Civil Veterinary Dept. Bombay admin report 1923-31 - 1923-1931
Year: 1923
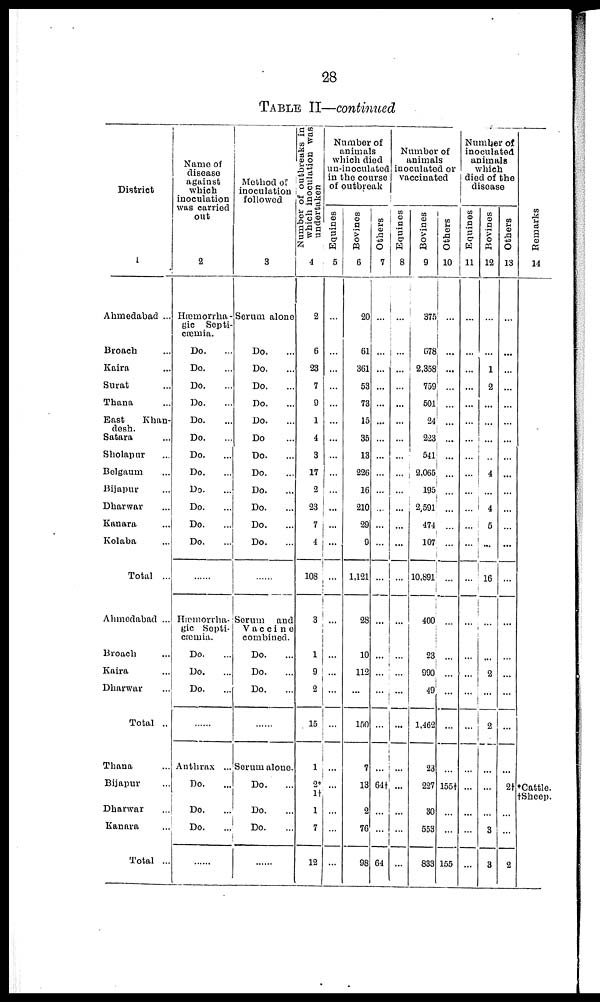
28
TABLE II—continued
District
1
Ahmedabad ...
Broach ...
Kaira ...
Surat ...
Thana ...
East
Khan-
desh.
Satara ...
Sholapur ...
Belgaum ...
Bijapur ...
Dharwar ...
Kanara ...
Kolaba ...
Total ...
Ahmedabad ...
Broach ...
Kaira ...
Dharwar ...
Total ...
Thana ...
Bijapur ...
Dharwar ...
Kanara ...
Total ...
Name of
disease
against
which
inoculation
was carried
out
2
Hæmorrha -
gic Septi-
cæmia.
Do. ...
Do. ...
Do. ...
Do. ...
Do. ...
Do. ...
Do. ...
Do. ...
Do. ...
Do. ...
Do. ...
Do. ...
......
Hæmorrha-
gic Septi-
cæmia.
Do. ...
Do. ...
Do. ...
......
Anthrax ..
Do. ...
Do. ...
Do. ...
......
Method of
inoculation
followed
3
Serum alone
Do. ...
Do. ...
Do. ...
Do. ...
Do. ...
Do....
Do. ...
Do. ...
Do. ...
Do. ...
Do. ...
Do. ...
......
Serum
and
Vaccine
combined.
Do. ...
Do. ...
Do. ...
......
Serum alone.
Do. ...
Do. ...
Do.
...
......
which inoculation was
undertaken
4
2
6
23
7
9
1
4
3
17
2
23
7
4
108
3
1
9
2
15
1
2*
1
7
12
Number of
animals
which died
un-inoculated
in the course
of outbreak
Equines
5
...
...
...
...
...
...
...
...
...
...
...
...
...
...
...
...
...
...
...
...
...
...
...
...
Bovines
6
20
61
361
53
73
15
35
13
226
16
210
29
9
1,121
28
10
112
...
150
7
13
2
76
98
Others
7
...
...
...
...
...
...
...
...
...
...
...
...
...
...
...
...
...
...
64
...
...
64
Number of
animals
inoculated or
vaccinated
Equines
8
...
...
...
...
...
...
...
...
...
...
...
...
...
...
...
...
...
...
...
...
...
...
...
...
Bovines
9
375
678
2,358
759
501
24
223
541
2,065
195
2,591
474
107
10,891
400
23
990
49
1,462
23
227
30
553
833
Others
10
...
...
...
...
...
...
...
...
...
...
...
...
...
...
...
...
...
...
...
...
155†
...
...
155
Number of
inoculated
animals
which
died of the
disease
Equines
11
...
...
...
...
...
...
...
...
...
...
...
...
...
...
...
...
...
...
...
...
...
...
...
...
Bovines
12
...
...
1
2
...
...
...
...
4
...
4
5
...
16
...
...
2
...
2
...
...
...
3
3
Others
13
...
...
...
...
...
...
...
...
...
...
...
...
...
...
...
...
...
...
...
...
at
...
...
2
Remarks
14
*Cattle.
†Sheep.